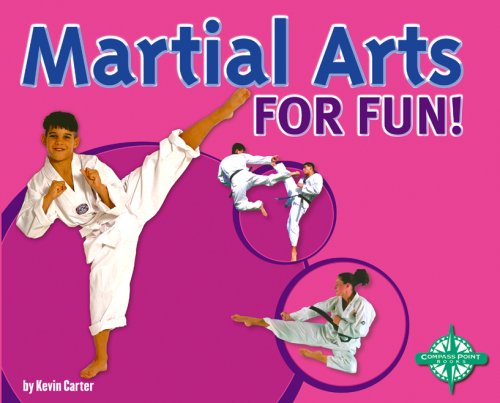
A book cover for Martial Arts for Fun!; Kevin Carter; Children's Books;